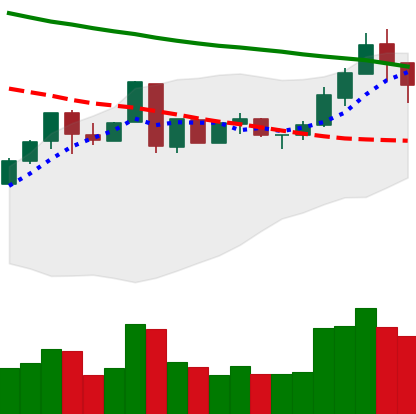
Ticker: LTC-USD
Chart end date: 2018-05-07
Forward return: -13.948%
Label: down_7plus